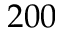
2 0 0